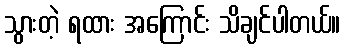
သွားတဲ့ ရထား အကြောင်း သိချင်ပါတယ်။